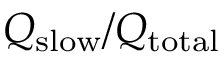
Q _ { \mathrm { s l o w } } / Q _ { \mathrm { t o t a l } }